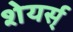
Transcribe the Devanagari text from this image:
शेयर्स्